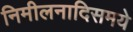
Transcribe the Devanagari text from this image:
निमीलनादिसमये